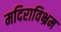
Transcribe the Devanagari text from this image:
मदिराविभ्रम